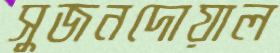
সুজনদোয়াল